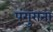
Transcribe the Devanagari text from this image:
पंगुराना